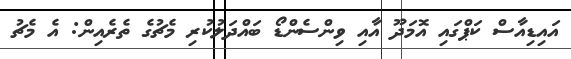
އައިޑިއާސް ކަޕްގައި އޮމަދޫ އާއި ވިންސެންޑޯ ބައްދަލުކުރި މެޗުގެ ތެރެއިން: އެ މެޗު